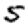
Digit: 5